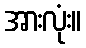
အားလုံး။